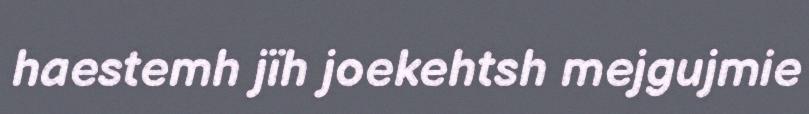
haestemh jïh joekehtsh mejgujmie